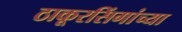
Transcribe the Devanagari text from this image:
ठाकूरसिंगांच्या